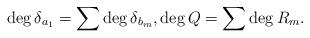
LaTeX: \begin{align*}\deg \delta_{a_1} = \sum \deg \delta_{b_m}, \deg Q =\sum \deg R_m.\end{align*}